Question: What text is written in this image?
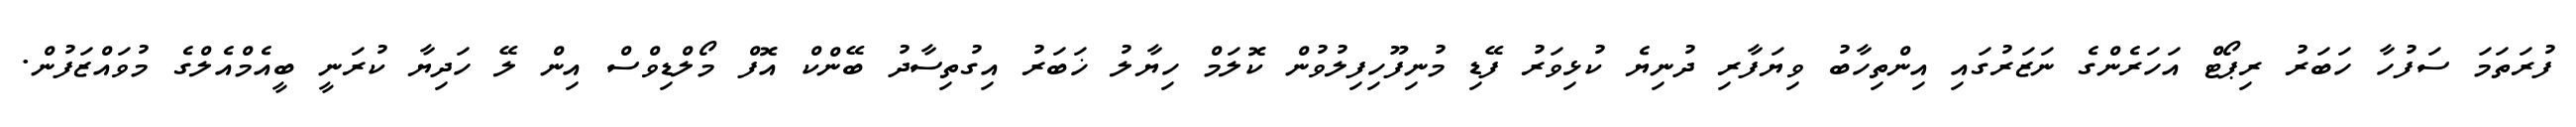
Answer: ފުރަތަމަ ސަފުހާ ހަބަރު ރިޕޯޓް އަހަރެންގެ ނަޒަރުގައި އިންތިހާބު ވިޔަފާރި ދުނިޔެ ކުޅިވަރު ފޭޑި މުނިފޫހިފިލުވުން ކޮލަމް ހިޔާލު ޚަބަރު އިގުތިސާދު ބޭންކް އޮފް މޯލްޑިވްސް އިން ލޭ ހަދިޔާ ކުރަނީ ބީއެމްއެލްގެ މުވައްޒަފުން.